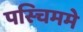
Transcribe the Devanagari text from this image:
पस्चिममे